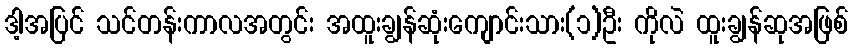
ဒါ့အပြင် သင်တန်းကာလအတွင်း အထူးချွန်ဆုံးကျောင်းသား(၁)ဦး ကိုလဲ ထူးချွန်ဆုအဖြစ်